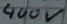
Text: 400V